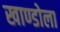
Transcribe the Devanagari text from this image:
खाण्डोला